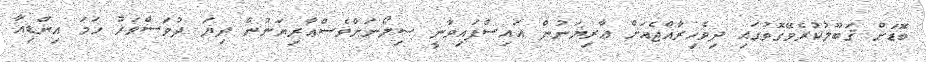
ބޮޑަށް ޤަބޫލުކުރެވޭގޮތުގައި ދިވެހިރާއްޖެއަށް ޢާރިޔަނުން އައިސްފައިވާނީ ސިލޯނަށްވެސްޢާރިޔަނުން ދިޔަ ދުވަސްވަރު ހަމަ އިންޑިއާ